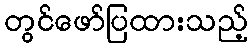
တွင်ဖော်ပြထားသည့်